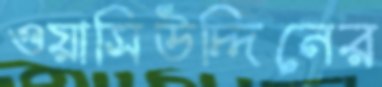
ওয়াসিউদ্দিনের